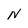
Character: N